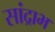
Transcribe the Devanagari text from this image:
सांद्राभ